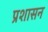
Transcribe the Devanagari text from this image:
प्रशासन